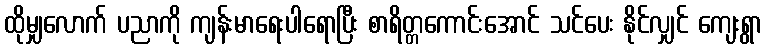
ထိုမျှလောက် ပညာကို ကျန်းမာရေးပါရောပြီး စာရိတ္တကောင်းအောင် သင်ပေး နိုင်လျှင် ကျေးရွာ